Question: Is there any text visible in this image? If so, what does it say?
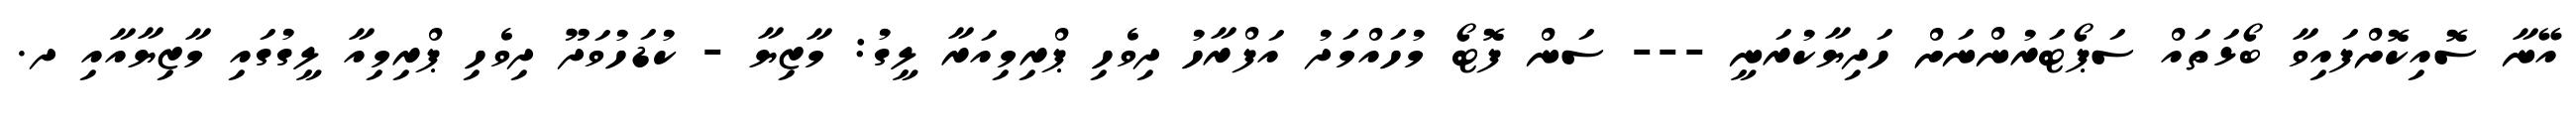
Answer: އޭނާ ސޮއިކޮށްފައިވާ ބޯޅަތައް ސަޕޯޓަރުންނަށް ހަދިޔާކުރަނީ --- ސަން ފޮޓޯ މުހައްމަދު އަފްރާހު ދިވެހި ޕްރިމިއަރާ ލީގު: މާޒިޔާ - ކުޑަހުވަދޫ ދިވެހި ޕްރިމިއާ ލީގުގައި މާޒިޔާއާއި ދ.